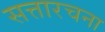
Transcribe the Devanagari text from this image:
सत्तारचना